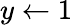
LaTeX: y\gets 1